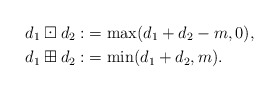
\begin{align*} d_1\boxdot d_2:&=\max(d_1+d_2 - m,0),\\ d_1\boxplus d_2:&=\min(d_1+d_2,m).\end{align*}